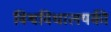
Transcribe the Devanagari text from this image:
विश्वविधालयकी